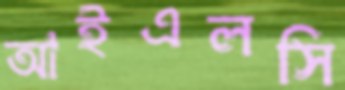
আইএলসি